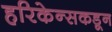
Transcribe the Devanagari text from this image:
हरिकेन्सकडून